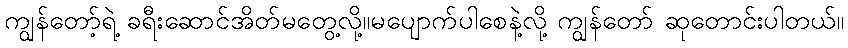
ကျွန်တော့်ရဲ့ ခရီးဆောင်အိတ်မတွေ့လို့။မပျောက်ပါစေနဲ့လို့ ကျွန်တော် ဆုတောင်းပါတယ်။